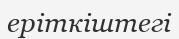
еріткіштегі